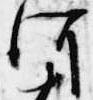
河